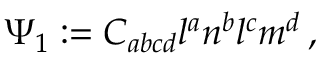
\Psi _ { 1 } : = C _ { a b c d } l ^ { a } n ^ { b } l ^ { c } m ^ { d } \, ,